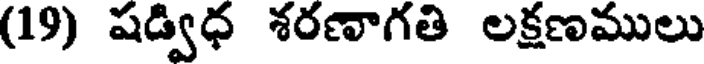
(19) షడ్విధ శరణాగతి లక్షణములు